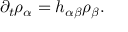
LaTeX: \partial _ { t } \rho _ { \alpha } = h _ { \alpha \beta } \rho _ { \beta } .